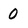
Character: 0